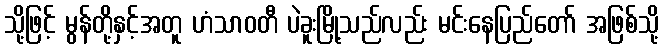
သို့ဖြင့် မွန်တို့နှင့်အတူ ဟံသာဝတီ ပဲခူးမြို့သည်လည်း မင်းနေပြည်တော် အဖြစ်သို့